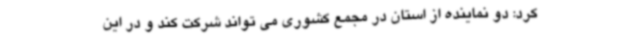
کرد: دو نماینده از استان در مجمع کشوری می تواند شرکت کند و در این